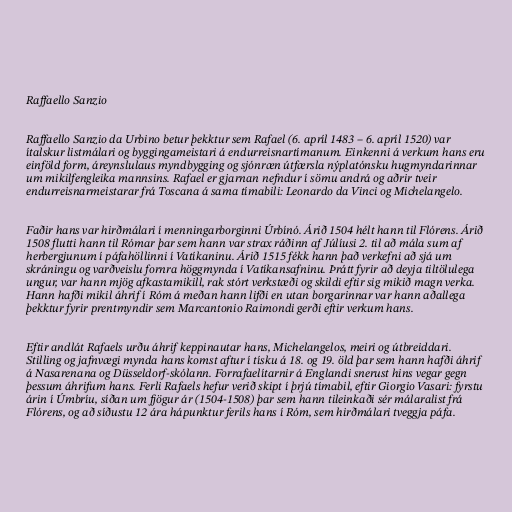
Raffaello Sanzio

Raffaello Sanzio da Urbino betur þekktur sem Rafael (6. apríl 1483 – 6. apríl 1520) var
ítalskur listmálari og byggingameistari á endurreisnartímanum. Einkenni á verkum hans eru
einföld form, áreynslulaus myndbygging og sjónræn útfærsla nýplatónsku hugmyndarinnar
um mikilfengleika mannsins. Rafael er gjarnan nefndur í sömu andrá og aðrir tveir
endurreisnarmeistarar frá Toscana á sama tímabili: Leonardo da Vinci og Michelangelo.

Faðir hans var hirðmálari í menningarborginni Úrbínó. Árið 1504 hélt hann til Flórens. Árið
1508 flutti hann til Rómar þar sem hann var strax ráðinn af Júlíusi 2. til að mála sum af
herbergjunum í páfahöllinni í Vatíkaninu. Árið 1515 fékk hann það verkefni að sjá um
skráningu og varðveislu fornra höggmynda í Vatíkansafninu. Þrátt fyrir að deyja tiltölulega
ungur, var hann mjög afkastamikill, rak stórt verkstæði og skildi eftir sig mikið magn verka.
Hann hafði mikil áhrif í Róm á meðan hann lifði en utan borgarinnar var hann aðallega
þekktur fyrir prentmyndir sem Marcantonio Raimondi gerði eftir verkum hans.

Eftir andlát Rafaels urðu áhrif keppinautar hans, Michelangelos, meiri og útbreiddari.
Stilling og jafnvægi mynda hans komst aftur í tísku á 18. og 19. öld þar sem hann hafði áhrif
á Nasarenana og Düsseldorf-skólann. Forrafaelítarnir á Englandi snerust hins vegar gegn
þessum áhrifum hans. Ferli Rafaels hefur verið skipt í þrjú tímabil, eftir Giorgio Vasari: fyrstu
árin í Úmbríu, síðan um fjögur ár (1504-1508) þar sem hann tileinkaði sér málaralist frá
Flórens, og að síðustu 12 ára hápunktur ferils hans í Róm, sem hirðmálari tveggja páfa.